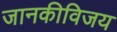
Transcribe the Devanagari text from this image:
जानकीविजय